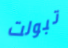
تبولت